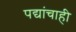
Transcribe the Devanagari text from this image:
पद्यांचाही